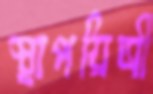
স্থাপয়িত্রী